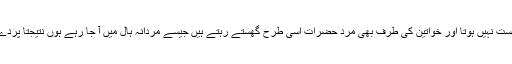
اب ان شادی ہالز کے اندر اس طرح کا کوئی بندوبست نہیں ہوتا اور خواتین کی طرف بھی مرد حضرات اسی طرح گھستے رہتے ہیں جیسے مردانہ ہال میں آ جا رہے ہوں‌ نتیجتاً پردے اور حجاب والی خواتین کافی ڈسٹرب ہوجاتی ہیں۔